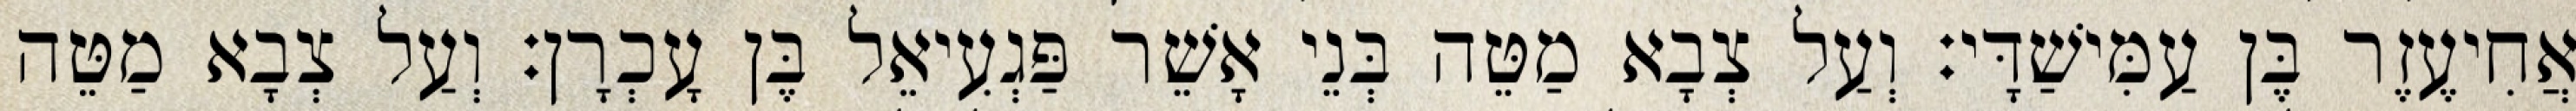
אֲחִיעֶזֶר בֶּן עַמִּישַׁדָּי׃ וְעַל צְבָא מַטֵּה בְּנֵי אָשֵׁר פַּגְעִיאֵל בֶּן עָכְרָן׃ וְעַל צְבָא מַטֵּה